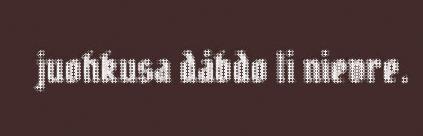
juohkusa dåbdo li nievre.